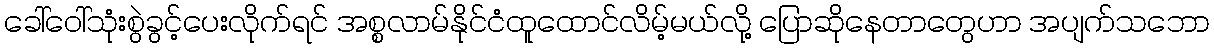
ခေါ်ဝေါ်သုံးစွဲခွင့်ပေးလိုက်ရင် အစ္စလာမ်နိုင်ငံထူထောင်လိမ့်မယ်လို့ ပြောဆိုနေတာတွေဟာ အပျက်သဘော